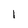
Character: I